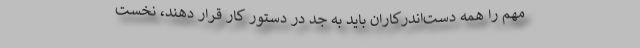
مهم را همه‌ دست‌اندرکاران باید به جِدّ در دستور کار قرار دهند، نخست